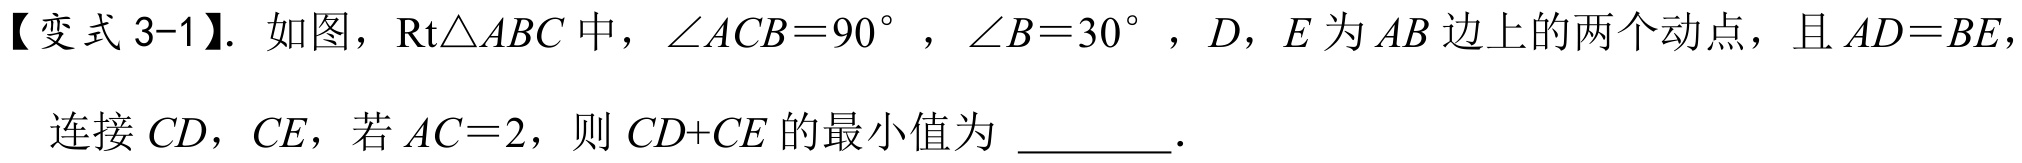
【变式 3-1】. 如图，$\text{Rt}\triangle ABC$中，$\angle ACB = 90^{\circ}$，$\angle B = 30^{\circ}$，$D$，$E$为$AB$边上的两个动点，且$AD = BE$，
连接$CD$，$CE$，若$AC = 2$，则$CD + CE$的最小值为 \_\_\_\_ ．